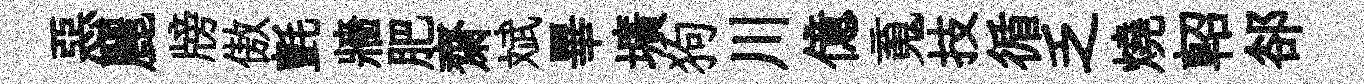
惡麗牓傲氈牆肥齋斌畢壙狗川億䰟技循乏燒軺郤